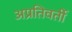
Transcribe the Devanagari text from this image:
अप्रतिवर्ती